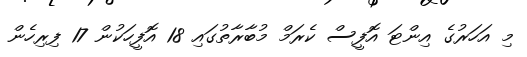
މި އަހަރުގެ އިންޓަ އޮފީސް ކެރަމް މުބާރާތުގައި 18 އޮފީހަކުން 17 ފިރިހެން